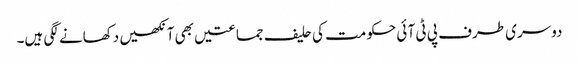
دوسری طرف پی ٹی آ ئی حکومت کی حلیف جماعتیں بھی آنکھیں دکھانے لگی ہیں۔